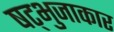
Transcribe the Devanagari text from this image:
षट्भुजाकार